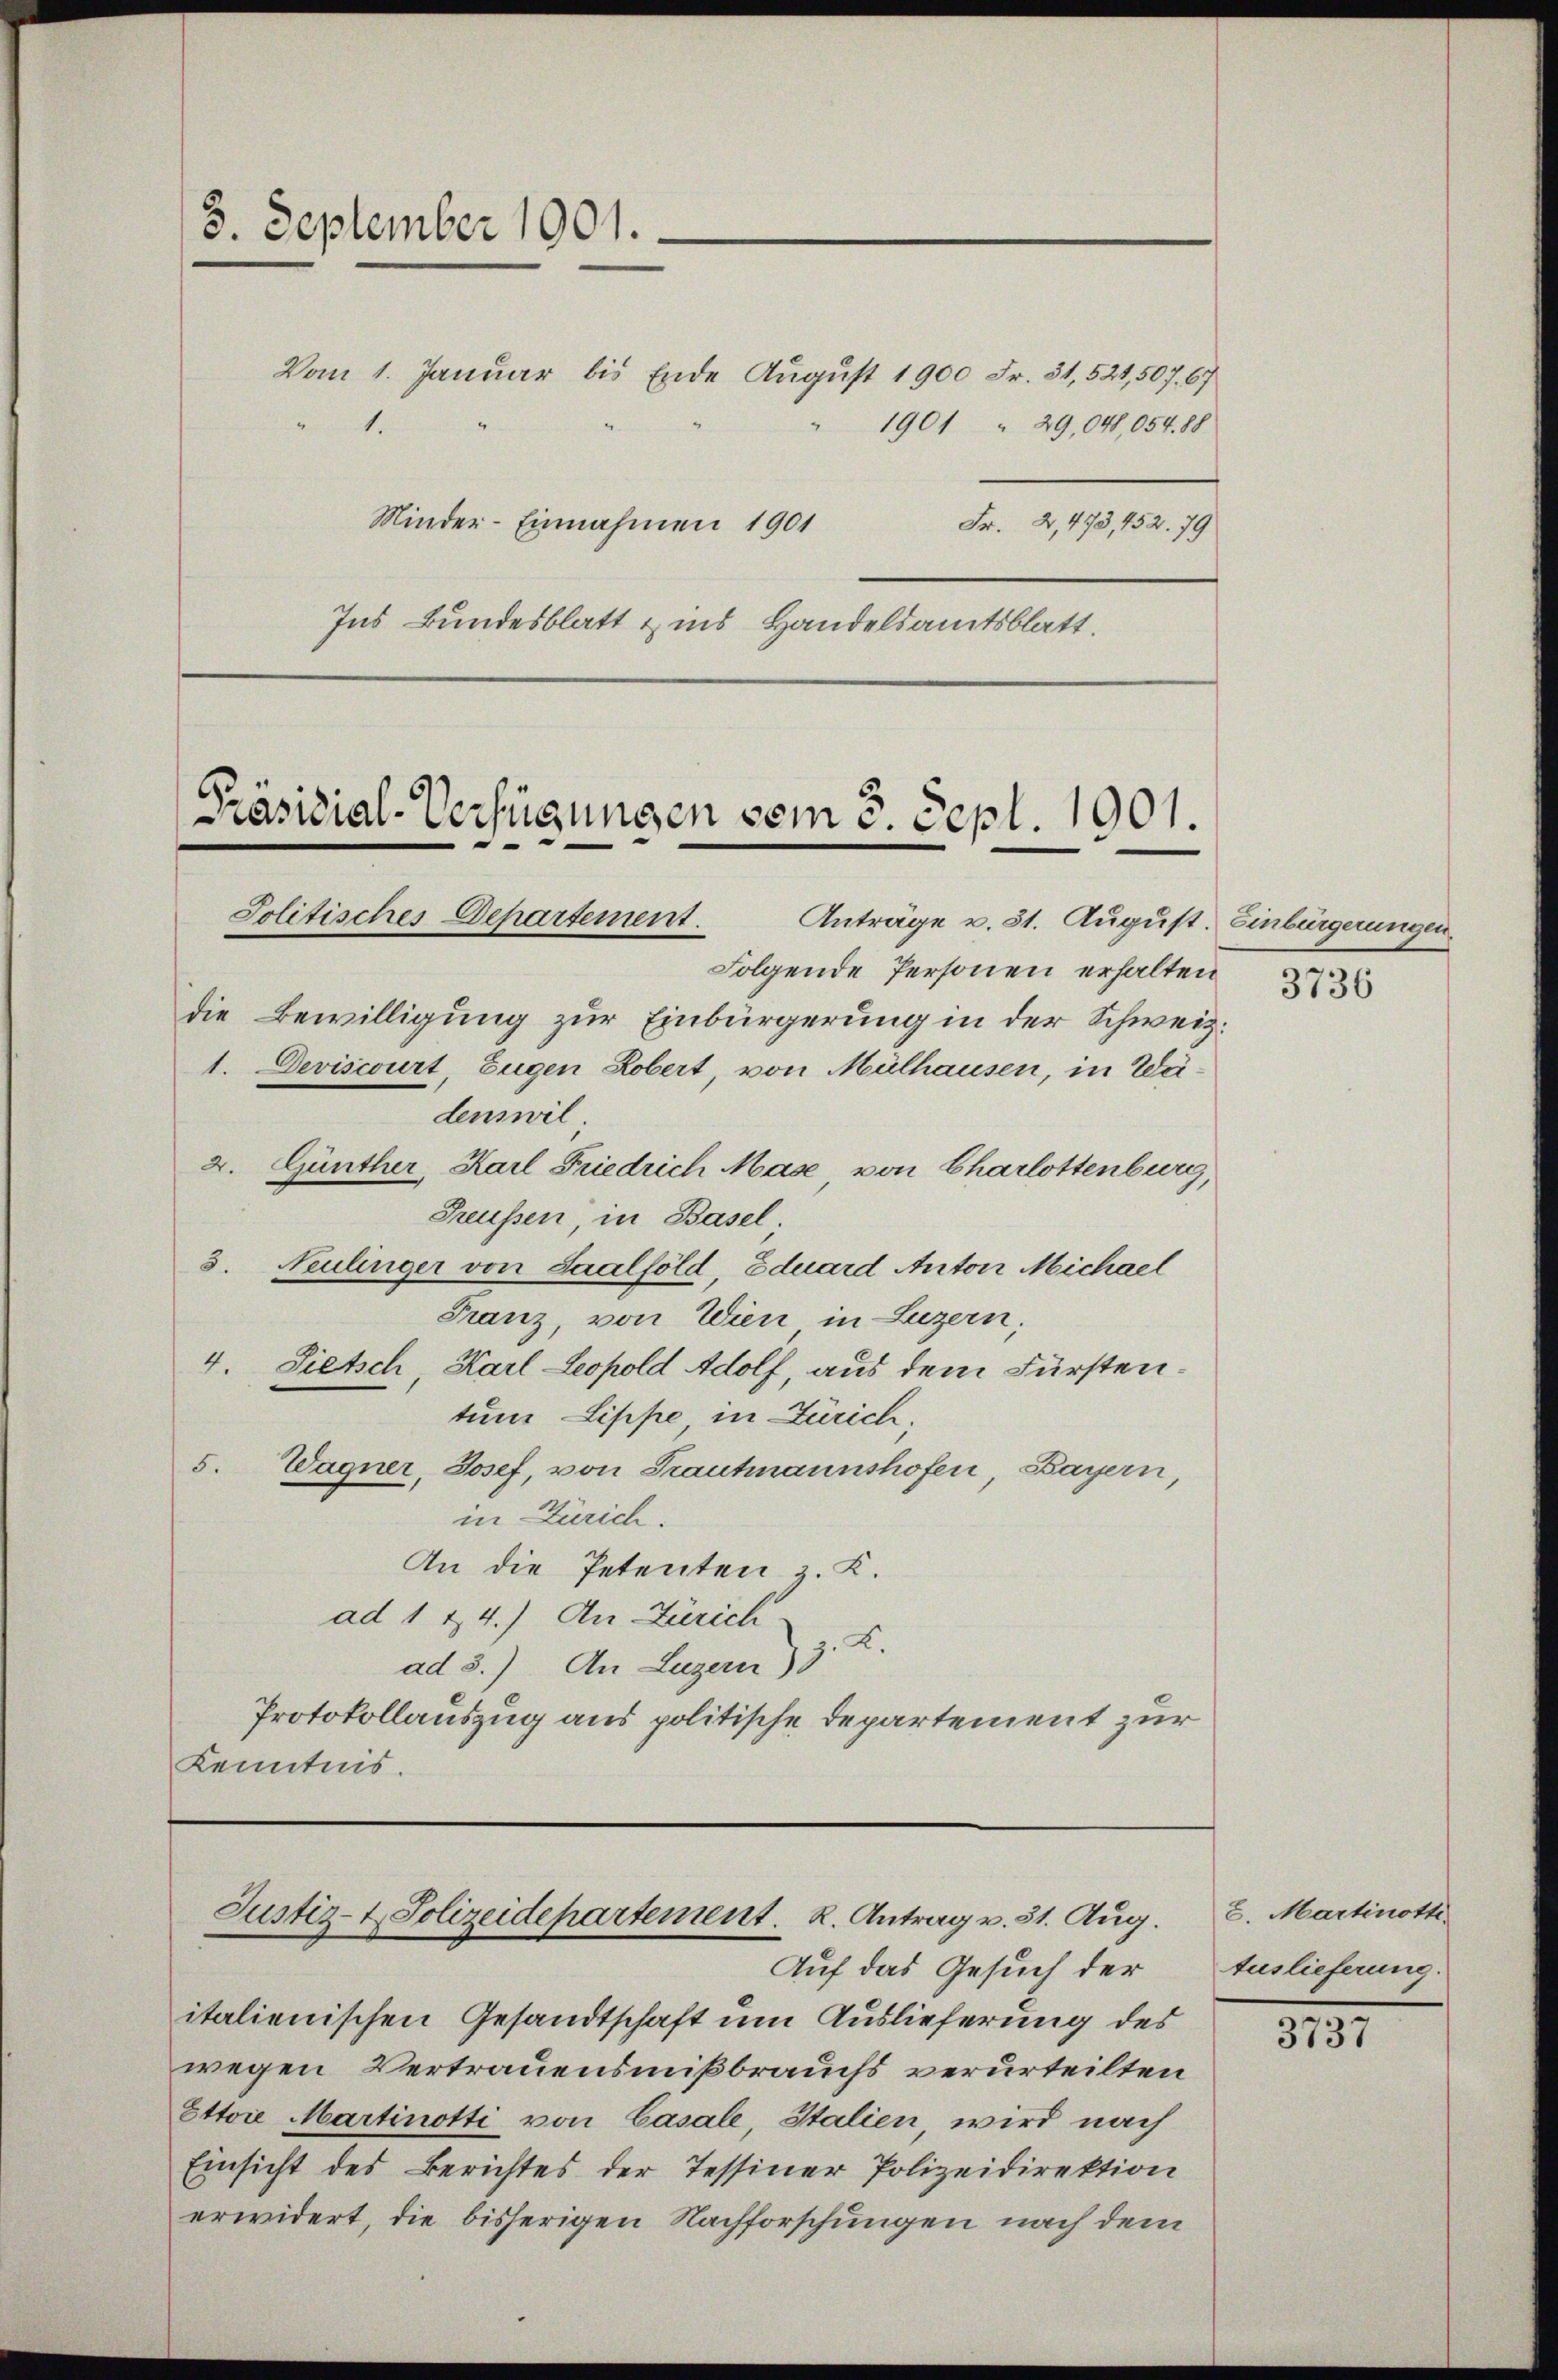
3. September 1901.

Vom 1. Januar bis Ende August 1900 Fr. 31, 521, 507. 67
1.
Minder-Einnahmen 1901
Ins Bundesblatt & ins Handelsamtsblatt.

Präsidial-Verfügungen vom 3. Sept. 1901.
Jolitisches Departement. Anträge u. 31. August. Einbürgerungen.

Fr. 2, 473, 152. 79

Justiz- & Polizeidepartement. R. Antrag v. 31. Aug.

Folgende Personen erhalten
die Bewilligung zur Einbürgerung in der Schweiz.
1. Deviscourt, Eugen Robert, von Mülhausen, in Wä-
denswil.
2. Günther, Karl Friedrich Mase von Charlottenburg,
Treussen, in Basel
3. Neulinger von Saalföld, Eduard Anton Michael
Franz, von Wien in Luzern,
4. Pietsch Karl Leopold Adolf, aus dem Fürstentum Lippe in Zürich,
5. Wagner, Josef, von Trautmannshofen, Bayern,
in Zürich.
An die Petenten z. K.
ad 124.) An Zürich
ad 3.) An Luzern) J. L.
Protokollauszug aus politische Departement zur
Kenntnis.

1901 " 29,04,054. 88

Auf das Gesuch der
italienischen Gesandtschaft um Auslieferung des
wegen Vertrauensmißbrauchs verurteilten
Ettore Martinotti von Casale, Italien wird nach
Einsicht des Berichtes der Tessiner Polizeidirektion
erwidert, die bisherigen Nachforschungen nach dem

3736

8. Martinott
Auslieferung.

1191